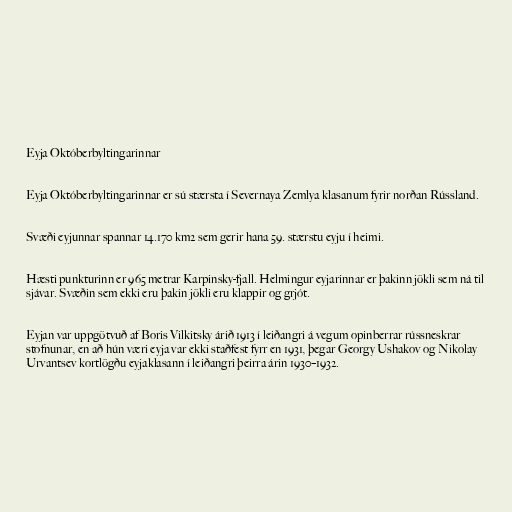
Eyja Októberbyltingarinnar

Eyja Októberbyltingarinnar er sú stærsta í Severnaya Zemlya klasanum fyrir norðan Rússland.

Svæði eyjunnar spannar 14.170 km2 sem gerir hana 59. stærstu eyju í heimi.

Hæsti punkturinn er 965 metrar Karpinsky-fjall. Helmingur eyjarinnar er þakinn jökli sem ná til
sjávar. Svæðin sem ekki eru þakin jökli eru klappir og grjót.

Eyjan var uppgötvuð af Boris Vilkitsky árið 1913 í leiðangri á vegum opinberrar rússneskrar
stofnunar, en að hún væri eyja var ekki staðfest fyrr en 1931, þegar Georgy Ushakov og Nikolay
Urvantsev kortlögðu eyjaklasann í leiðangri þeirra árin 1930–1932.